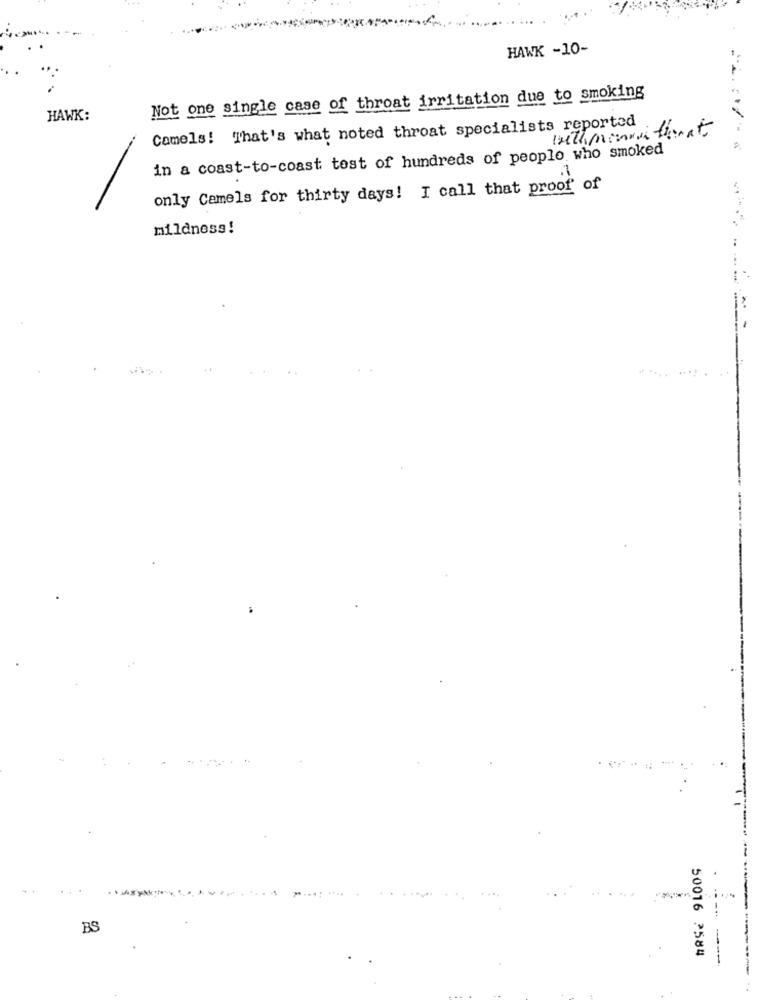
HAWK -10-
Not one single case of throat irritation due to smoking
HAWK:
Camels! That's what noted throat specialists reported
in a coast-to-coast tost of hundreds of people who smoked
only Camels for thirty days! I call that proof of
mildness!
.... ....
BS
50016 2584
---